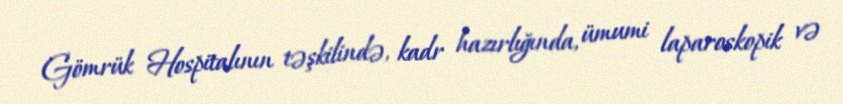
Gömrük Hospitalının təşkilində, kadr hazırlığında, ümumi laparoskopik və